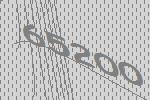
65200